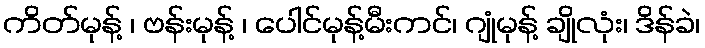
ကိတ်မုန့် ၊ ဗန်းမုန့် ၊ ပေါင်မုန့်မီးကင်၊ ဂျုံမုန့် ချိုလုံး၊ ဒိန်ခဲ၊